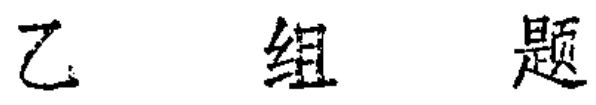
乙 组 题